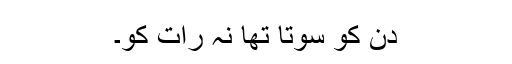
دن کو سوتا تھا نہ رات کو۔